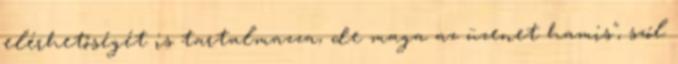
elérhetőségét is tartalmazza, de maga az üzenet hamis", szól